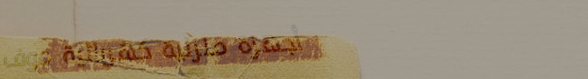
أجهزة منزلية كهربائية موف